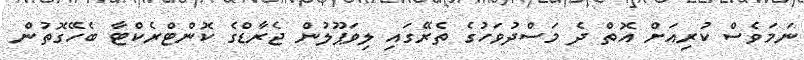
ނަމަވެސް ކުރިއަށް އޮތް ދެ މަސްދުވަހުގެ ތެރޭގައި ލިވަޕޫލުން ޖެރާޑްގެ ކޮންޓްރެކްޓާ ބެހޭގޮތުން